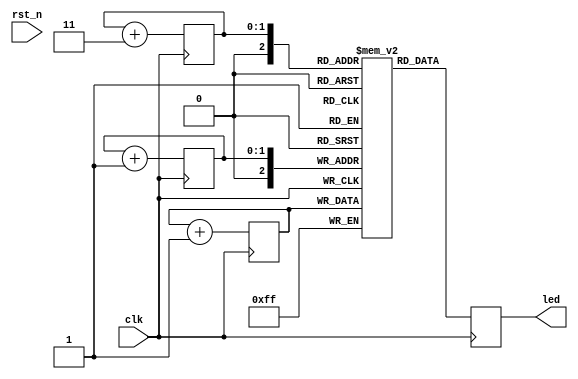
module main #(
    parameter CLOCK_RATE = 100000000
)(
    input clk,
    input rst_n,

    output [7:0] led,

);

parameter SIZE = 4;

reg [7:0] ram [0:SIZE];

reg [7:0] val = 0;
reg [$clog2(SIZE)-1:0] i = 0;

always@(posedge clk) begin
    ram[i] <= val;
    val <= val + 1;
    i <= i + 1;
end


reg [$clog2(SIZE)-1:0] j = 0;
always@(posedge clk) begin
    led <= ram[j];
    j <= j + 3;
end



endmodule